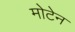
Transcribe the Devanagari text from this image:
मोटेन